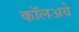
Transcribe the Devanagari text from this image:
कॉलअवे